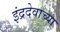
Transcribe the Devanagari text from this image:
इंद्रदेवाच्या